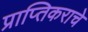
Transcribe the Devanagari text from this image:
प्राप्‍तिकराचे